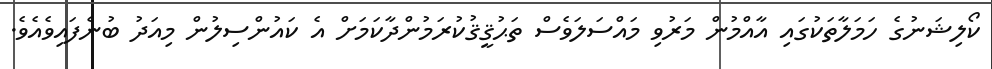
ކޯލިޝަނުގެ ހަމަލާތަކުގައި އާއްމުން މަރުވި މައްސަލަވެސް ތަޙުޤީޤުކުރަމުންދާކަމަށް އެ ކައުންސިލުން މިއަދު ބުނެފައިވެއެވެ.